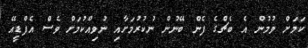
ކަމަށް ވުމުން އެ ބެޗްގެ ފެން ބޭނުން ނުކުރުމަށާއި ނުވިއްކުމަށް ވެސް އެފްޑީއޭ